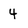
Character: 4